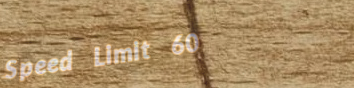
Speed Limit 60